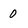
Character: 0